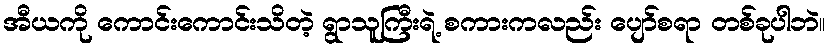
အီယကို ကောင်းကောင်းသိတဲ့ ရွာသူကြီးရဲ့ စကားကလည်း ပျော်စရာ တစ်ခုပါဘဲ။